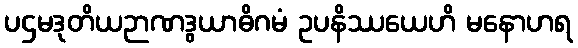
ပဌမဒုတိယဉာဏဒွယာဓိဂမံ ဥပနိဿယေဟိ မနောဟရ